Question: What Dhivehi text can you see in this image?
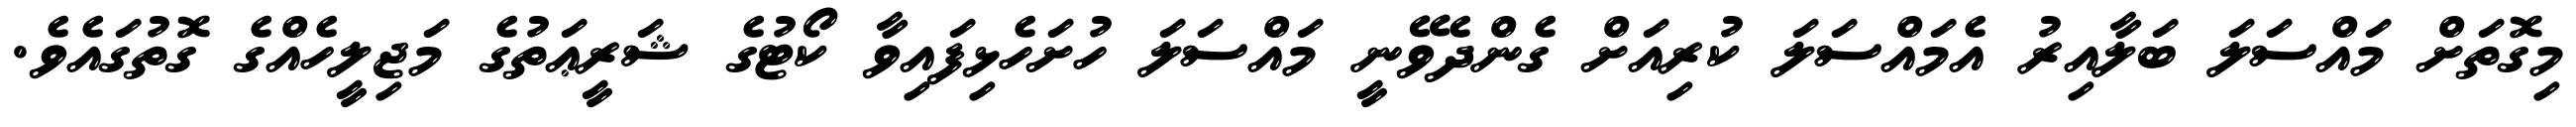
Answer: މިގޮތަށް މައްސަލަ ބަލާއިރު އެމައްސަލަ ކުރިއަށް ގެންދެވޭނީ މައްސަލަ ހުށަހެޅިފައިވާ ކޯޓުގެ ޝަރީޢަތުގެ މަޖިލީހެއްގެ ގޮތުގައެވެ.